Enquiry on enteric fever in India - Number 32
Disease focus: Fever
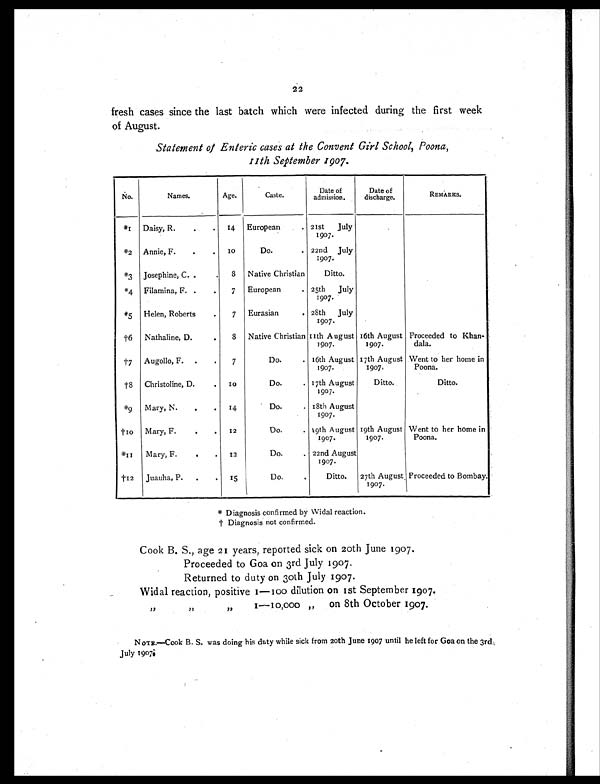
22
fresh cases since the last batch which were infected during the first week
of August.
Statement of Enteric cases at the Convent Girl School, Poona,
11th September 1907.
No.
Names.
Age.
Caste.
Date of
admission.
Date of
discharge.
REMARKS.
*1 Daisy, R.
14 European
21st July
1907.
*2 Annie, F.
10
Do.
22nd July
1907.
*3 Josephine, C.
8 Native Christian
Ditto.
*4 Filamina, F.
7 European
25th July
1907.
*5 Helen, Roberts
7 Eurasian
28th July
1907.
†6 Nathaline, D.
8 Native Christian 11th August
1907.
16th August
1907.
Proceeded to Khan-
dala.
†7 Augollo, F.
7
Do.
16th August
1907.
17th August
1907.
Went to her home in
Poona.
†8 Christoline, D.
10
Do.
17th August
1907.
Ditto.
Ditto.
*9 Mary, N.
14
Do.
18th August
1907.
† 1 0 Mary, F.
12
Do.
19th August
1907.
19th August
1907.
Went to her home in
Poona.
*11
Mary, F.
12
Do.
22nd August
1907.
†12 Juauha, P.
15
Do.
Ditto. 27th August,
1907.
Proceeded to Bombay.
* Diagnosis confirmed by Widal reaction.
† D i a g n o s i s n o t c o n f i r m e d .
Cook B. S., age 21 years, reported sick on 20th June 1907.
Proceeded to Goa on 3rd July 1907.
Returned to duty on 30th July 1907.
Widal reaction, positive 1—100 dilution on 1st September 1907.
" " " o n 1 — 1 0 , 0 0 0 " o n 8 t h O c t o b e r 1 9 0 7 .
NOTE.—Cook B. S. was doing his duty while sick from 20th June 1907 until he left for Goa on the 3rd
July 1907.